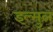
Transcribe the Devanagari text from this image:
इल्मुल